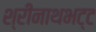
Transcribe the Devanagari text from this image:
श्रीनाथभट्ट